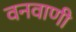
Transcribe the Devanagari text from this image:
वनवाणी